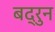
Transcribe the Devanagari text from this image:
बद्रुन